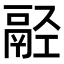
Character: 𩰰